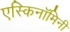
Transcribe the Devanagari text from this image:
एस्किनॉमिनी